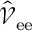
\hat { \mathcal { V } } _ { \mathrm { e e } }